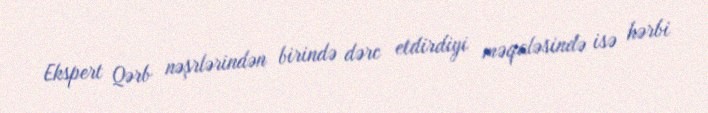
Ekspert Qərb nəşrlərindən birində dərc etdirdiyi məqaləsində isə hərbi